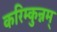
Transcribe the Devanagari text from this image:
करिम्कुन्नम्